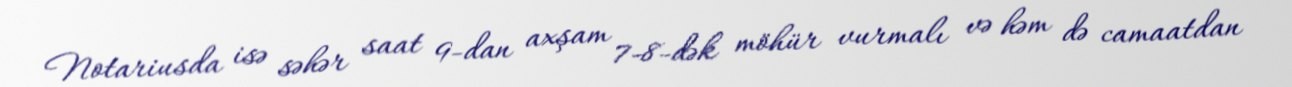
Notariusda isə səhər saat 9-dan axşam 7-8-dək möhür vurmalı və həm də camaatdan